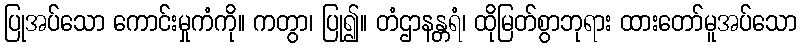
ပြုအပ်သော ကောင်းမှုကံကို။ ကတွာ၊ ပြု၍။ တံဌာနန္တရံ၊ ထိုမြတ်စွာဘုရား ထားတော်မူအပ်သော